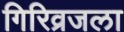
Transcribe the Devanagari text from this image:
गिरिव्रजला